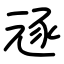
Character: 㒮